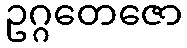
ဥဂ္ဂတေဇော